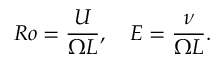
R o = \frac { U } { \Omega L } , \quad E = \frac { \nu } { \Omega L } .